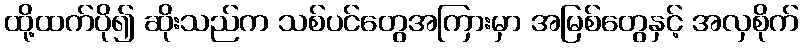
ထို့ထက်ပို၍ ဆိုးသည်က သစ်ပင်တွေအကြားမှာ အမြစ်တွေနှင့် အလှစိုက်